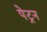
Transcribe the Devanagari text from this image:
पेट्रन